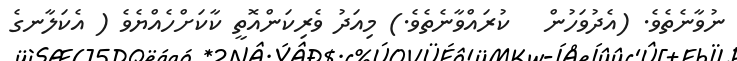
ނުވާނެތެވެ. (އެދުވަހުން   ކުރައްވާނެތެވެ.) މިއަދު ވެރިކަންއޮތީ ކާކަށްހެއްޔެވެ ( އެކަލާނގެ